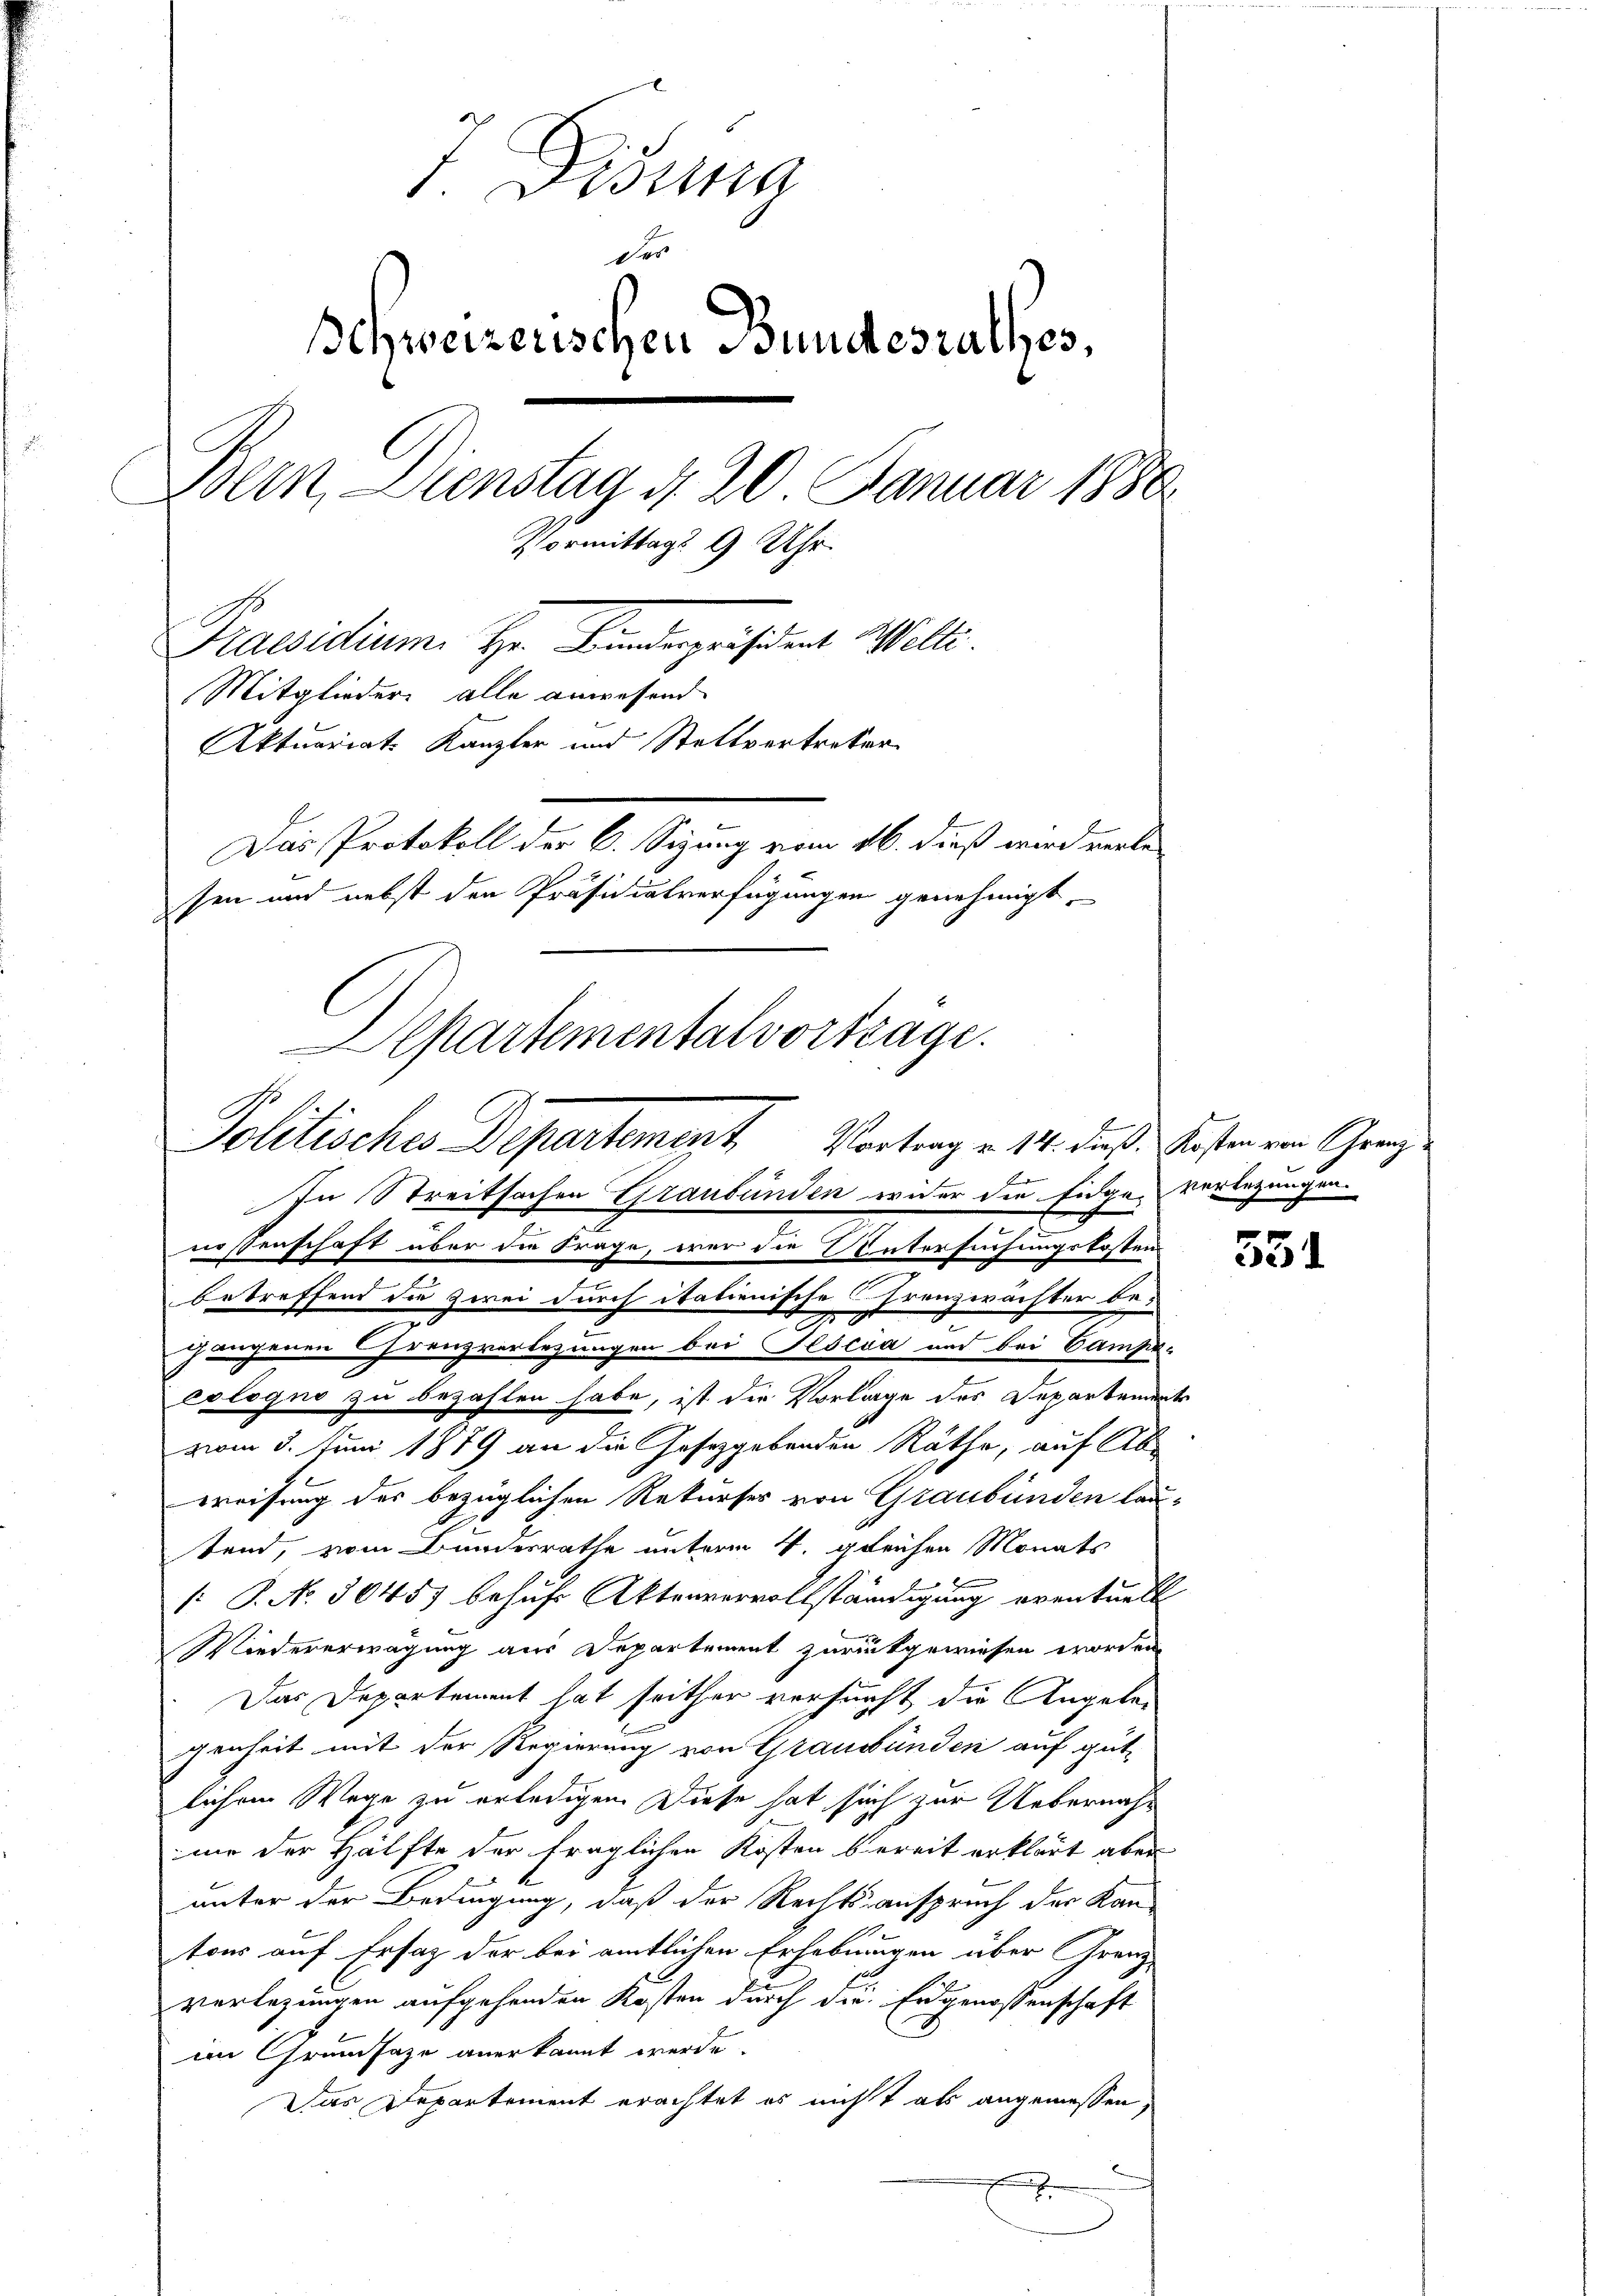
J. Fina
des
Schweizerischen Bundesrathes,
Dein Dienstag d. 20 Januar 1880
Vormittags 9 Uhr
Praesidium. Hr. Bundespräsident Welti.
Mitglieder alle anwesend
Aktuariats Kanzler und Stattvertreter
Das Protokoll der C. Sizung vom 16. dieß wird verlesen und nebst den Präsidialverfügungen genehmigt.
Departementalvortrage.

Politisches Departement, Vortrag v. 14. daß Kasern von Grenz

Er
In Streitsachen Graubünden wider die Eidge-Verlegungen
nessenschaft über die Frage, war die Untersuchungskosten
betreffend die zwei durch italienische Franzwächter begehenen Grenzverlegungen bei Pescua und bei Campe-
cologno zu bezahlen habe, ist der Vorlage des Departements
vom 3. Juni 1879 an die Gesetzgebenden Räthe, auf Ab-
weisung des bezüglichen Rekurser von Graubünden lautend, vom Bundesrathe unterm 4. gleichen Monats
[: P. No. 30457 behufs Aktenvervollständigung eventuell
Wiedererwägung aus Departement zurückgewiesen worden
Das Departement hat seither versucht die Angelegenheit mit der Regierung von Graubünden auf gut-
lichem Wege zu erledigen. Diese hat sich zur Uebernahme der Hälfte der fraglichen Kosten bereit erklärt aber
unter der Bedingung, daß der Rechtsanspruch der Kan-
tour auf Ersatz der bei amtlichen Erhebungen über Grenz-
verlegungen aufgehenden Kosten durch die Eidgenossenschaft
im Grundsaze anerkannt werde.
Das Departement erachtet es nicht als angemessen,
x

551